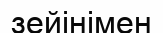
зейінімен